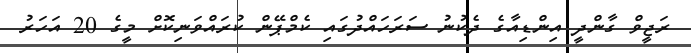
ރަޖީވް ގާންދީ އިންޑިއާގެ ދެކުނު ސަރަހައްދުގައި ކެމްޕޭން ކުރައްވަނިކޮށް މީގެ 20 އަހަރު